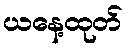
ယနေ့ထုတ်